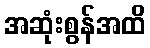
အဆုံးစွန်အထိ